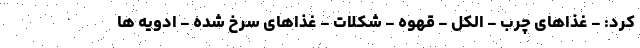
کرد: - غذاهای چرب - الکل - قهوه - شکلات - غذاهای سرخ شده - ادویه ها